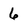
Character: 6